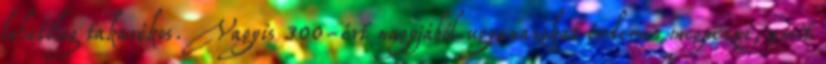
lehetőleg takarékos. Vagyis 300-ért nagyjából ugyanazokat érdemes megnézni, amit